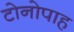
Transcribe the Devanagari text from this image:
टोनोपाह